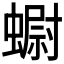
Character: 𧐇